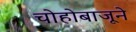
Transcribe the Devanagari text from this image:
चोहोबाजूने